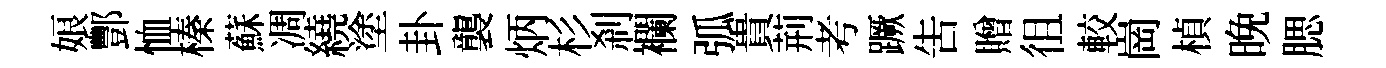
娘酆恤榛蘇凋繞塗卦襲炳杉刹襴弧貴荊考蹶吿贈徂較崗楨晩腮